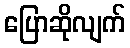
ပြောဆိုလျက်